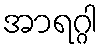
အာရဂ္ဂါ